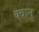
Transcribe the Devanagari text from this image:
क्वान्